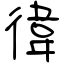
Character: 徫